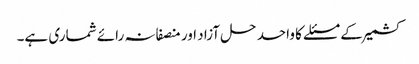
کشمیر کے مسئلے کا واحد حل آزاد اور منصفانہ رائے شماری ہے۔